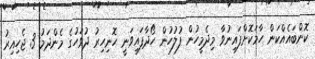
ކޮންބައެއްކަން ހާމަކޮށްފައިނުވާ މިދެމީހުން ފުލުހުން ހޯދާފައިވަނީ ހޮނިހިރު ދުވަހުގެ މެންދަމު 3 ޖެހިއިރު